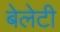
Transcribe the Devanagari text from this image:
बेलेटी